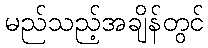
မည်သည့်အချိန်တွင်